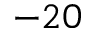
- 2 0